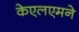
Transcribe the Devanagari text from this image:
केएलएमने